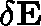
\mathbf { \delta E }